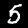
Digit: 5